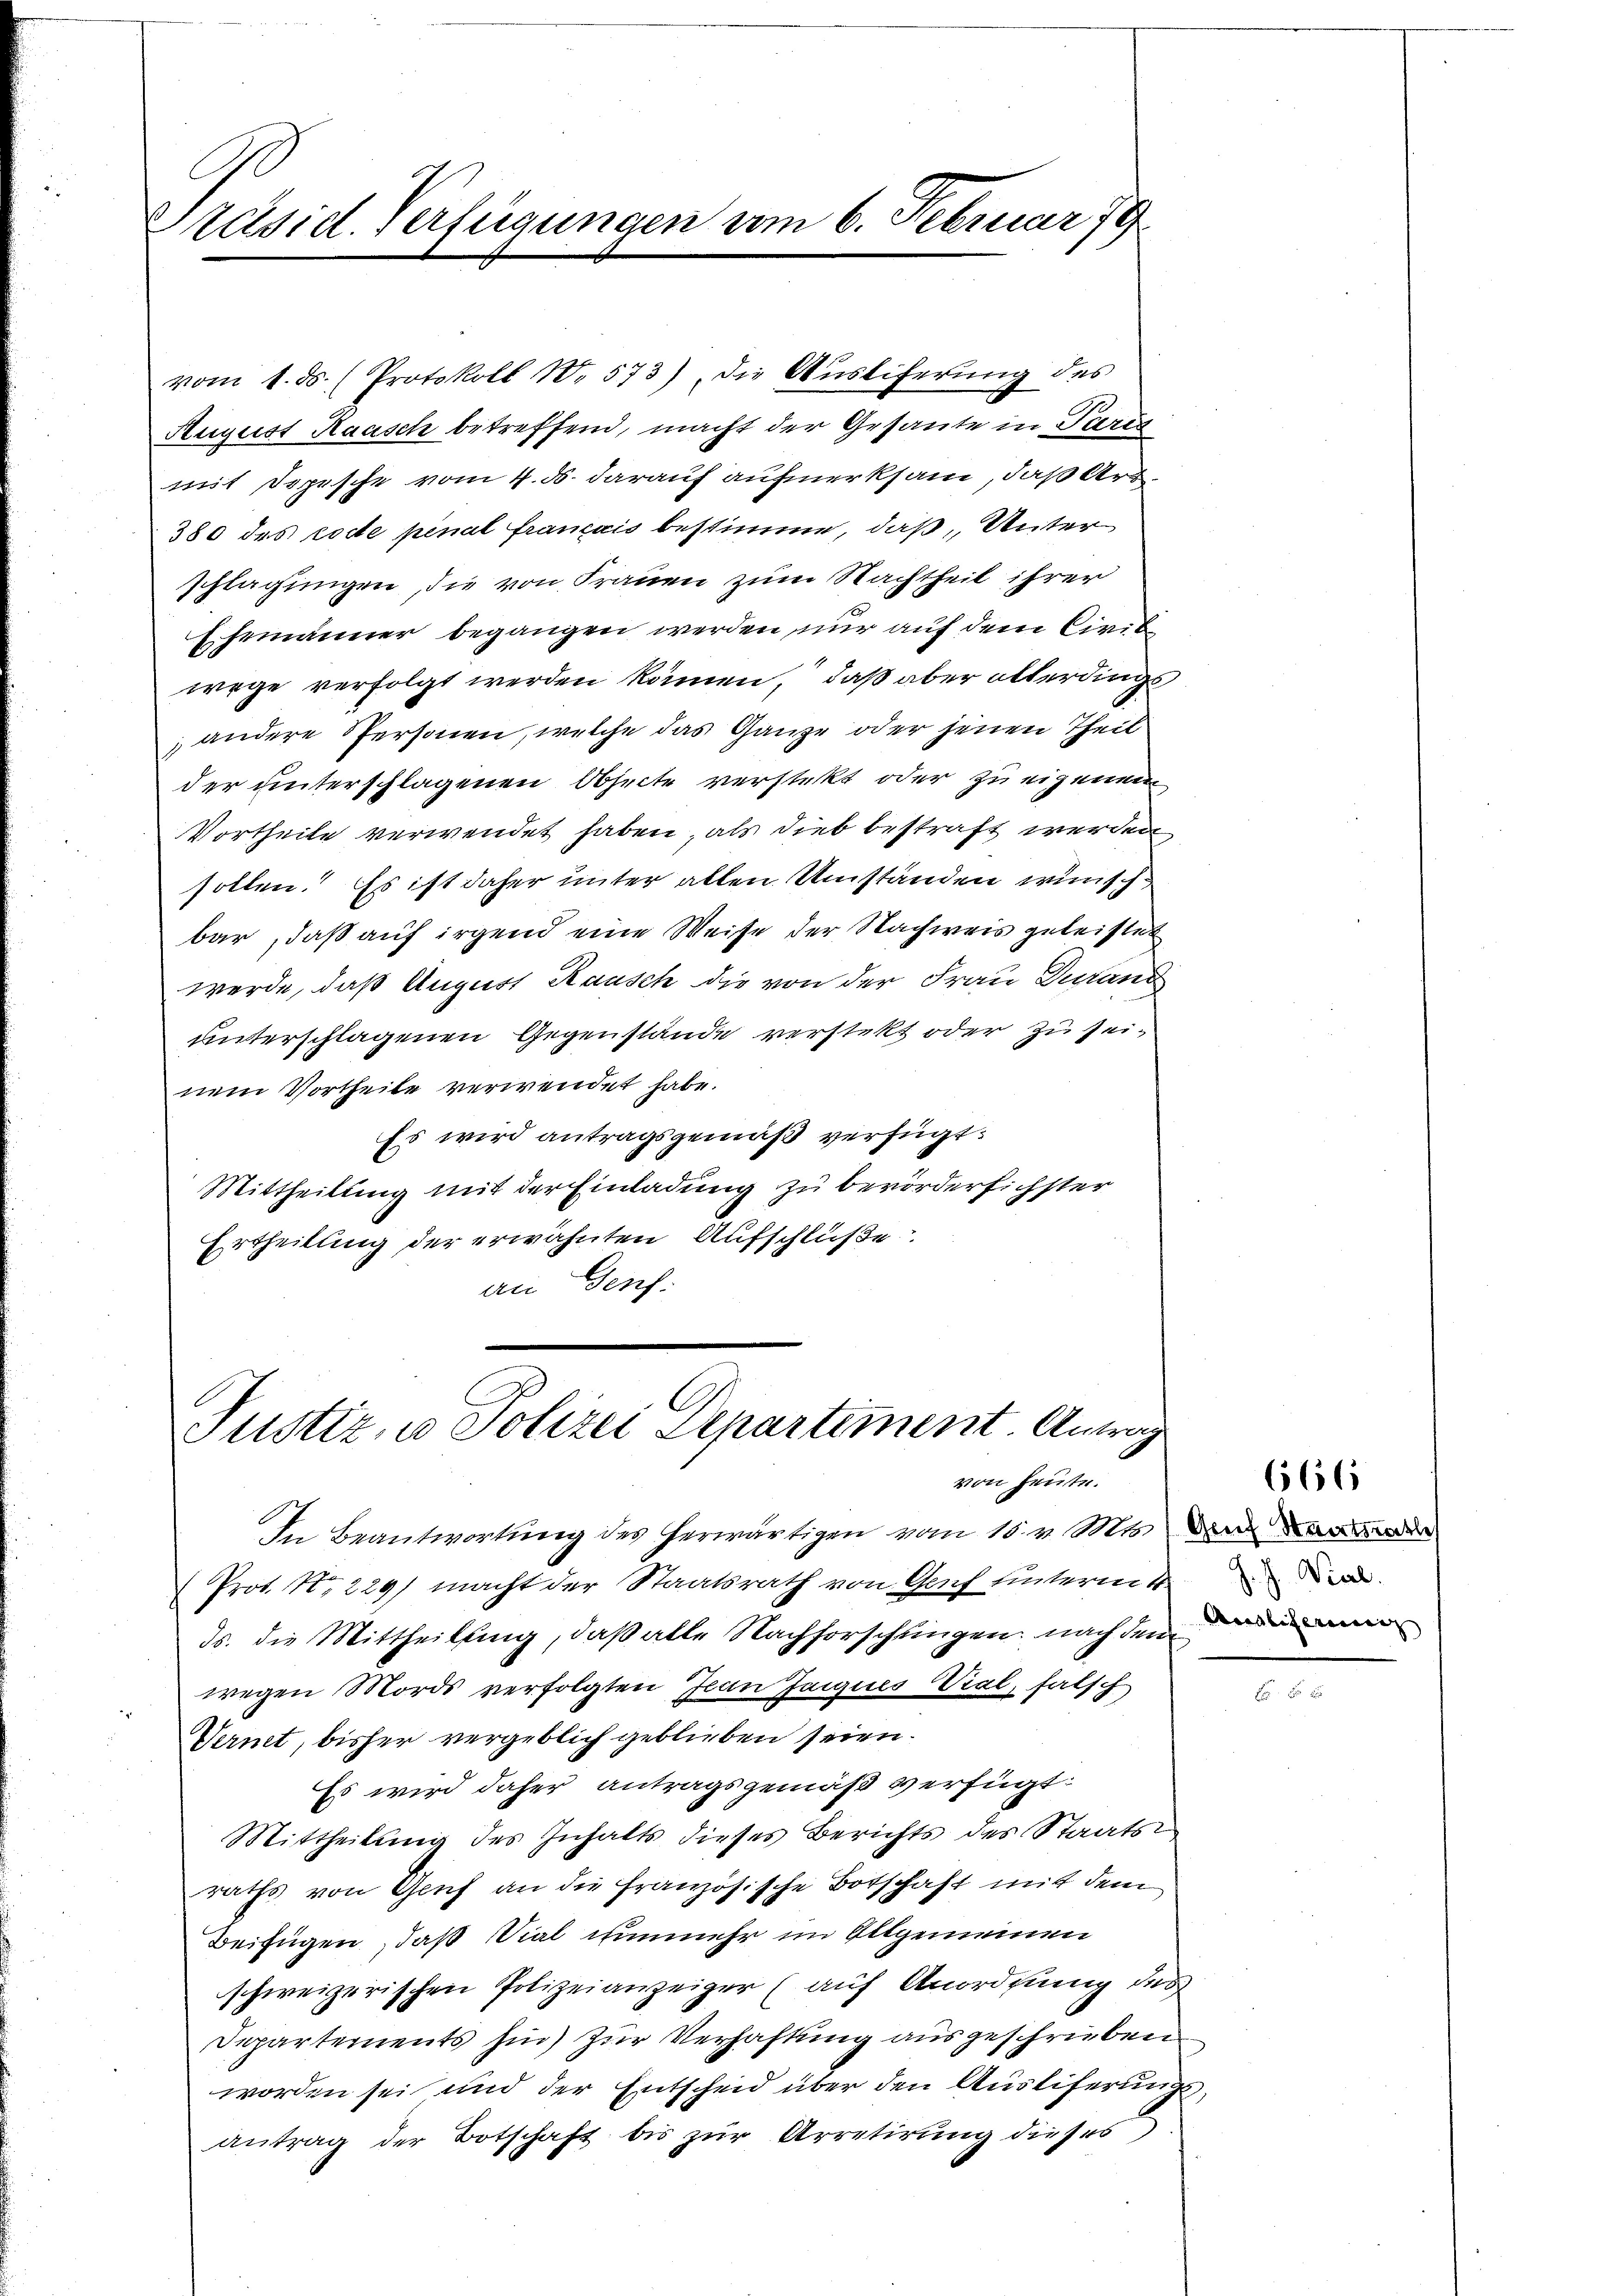
Präsid. Verfügungen vom 6. Februar 79

vom 1. ds. (Protokoll No 573) die Ausliferung des
August Raasch betreffend, macht der Gesante in Parit
mit Depesche vom 4. ds. darauf aufmerksam, daß Art
380 des code penal français bestimme, daß, Unter
schlagungen, die von Frauen zum Nachtheil ihrer
Ehemänner begangen werden nur auf dem Civil
wege verfolgt werden können, daß aber allerdings
 andere Personen, welche das Ganze oder jenen Theil
der unterschlagenen Obseite versteht oder zu eigenen
Vortheile verwendet haben, als dies bestraft werden,
sollen. Es ist daher unter allen Umständen wünsch
bar, daß auf irgend eine Weise der Nachweis geleistet
werde, daß August Rausch die von der Frau durand
unterschlagenen Gegenstände verstekt oder zu seinem Vortheile verwendet habe.
Es wird antragsgemäß verfügt:
Mittheilung mit der Einladung zu bevörderlichster
Ertheilung der erwähnten Aufschlüße
an Genf.

Justiz, u. Polizei Departiment. Antrag
von heute.

In Beantwortung des herwärtigen vom 15. v. Mts. da an de
(Prot. No. 229) macht der Staatsrath von Genf unterm 4
ds. die Mittheilung, daß alle Nachforschungen, nach dem
wegen Mords verfolgten Jean Jacques Vial, falsch
Ternet, bisher vergeblich geblieben seien.
Es wird daher antragsgemäß verfügt:
Mittheilung des Inhalts dieses Berichts des Staatsraths von Genf an die französische Botschaft mit dem
Beifügen, daß Vial nunmehr im Allgemeinen
schweizerischen Polizeianzeiger (auf Anordnung des
Departements hin) zur Verhaftung ausgeschrieben
worden sei und der Entscheid über den Auslieferungsantrag der Botschaft bis zŭr Arretirung dieses

666

J. J. Viel.
Ancalitarius |